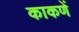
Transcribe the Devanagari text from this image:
काकणें